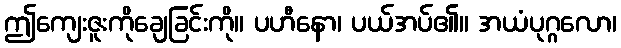
ဤကျေးဇူးကိုချေခြင်းကို။ ပဟီနော၊ ပယ်အပ်၏။ အယံပုဂ္ဂလော၊